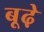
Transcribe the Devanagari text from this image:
बूढ़े़